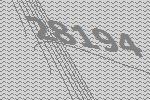
28194